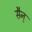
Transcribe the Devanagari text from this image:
सैन्